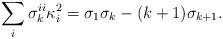
LaTeX: \begin{align*}\sum_i \sigma_{k}^{ii}\kappa_i^2=\sigma_1\sigma_k-(k+1)\sigma_{k+1}.\end{align*}